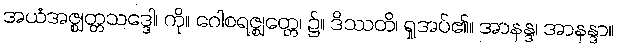
အယံအဇ္ဈတ္တသဒ္ဒေါ၊ ကို။ ဂေါစရဇ္ဈတ္တေ၊ ၌။ ဒိဿတိ၊ ရှုအပ်၏။ အာနန္ဒ၊ အာနန္ဒာ။